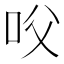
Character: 㕮